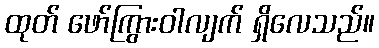
ထုတ် ဖော်ကြွားဝါလျက် ရှိလေသည်။